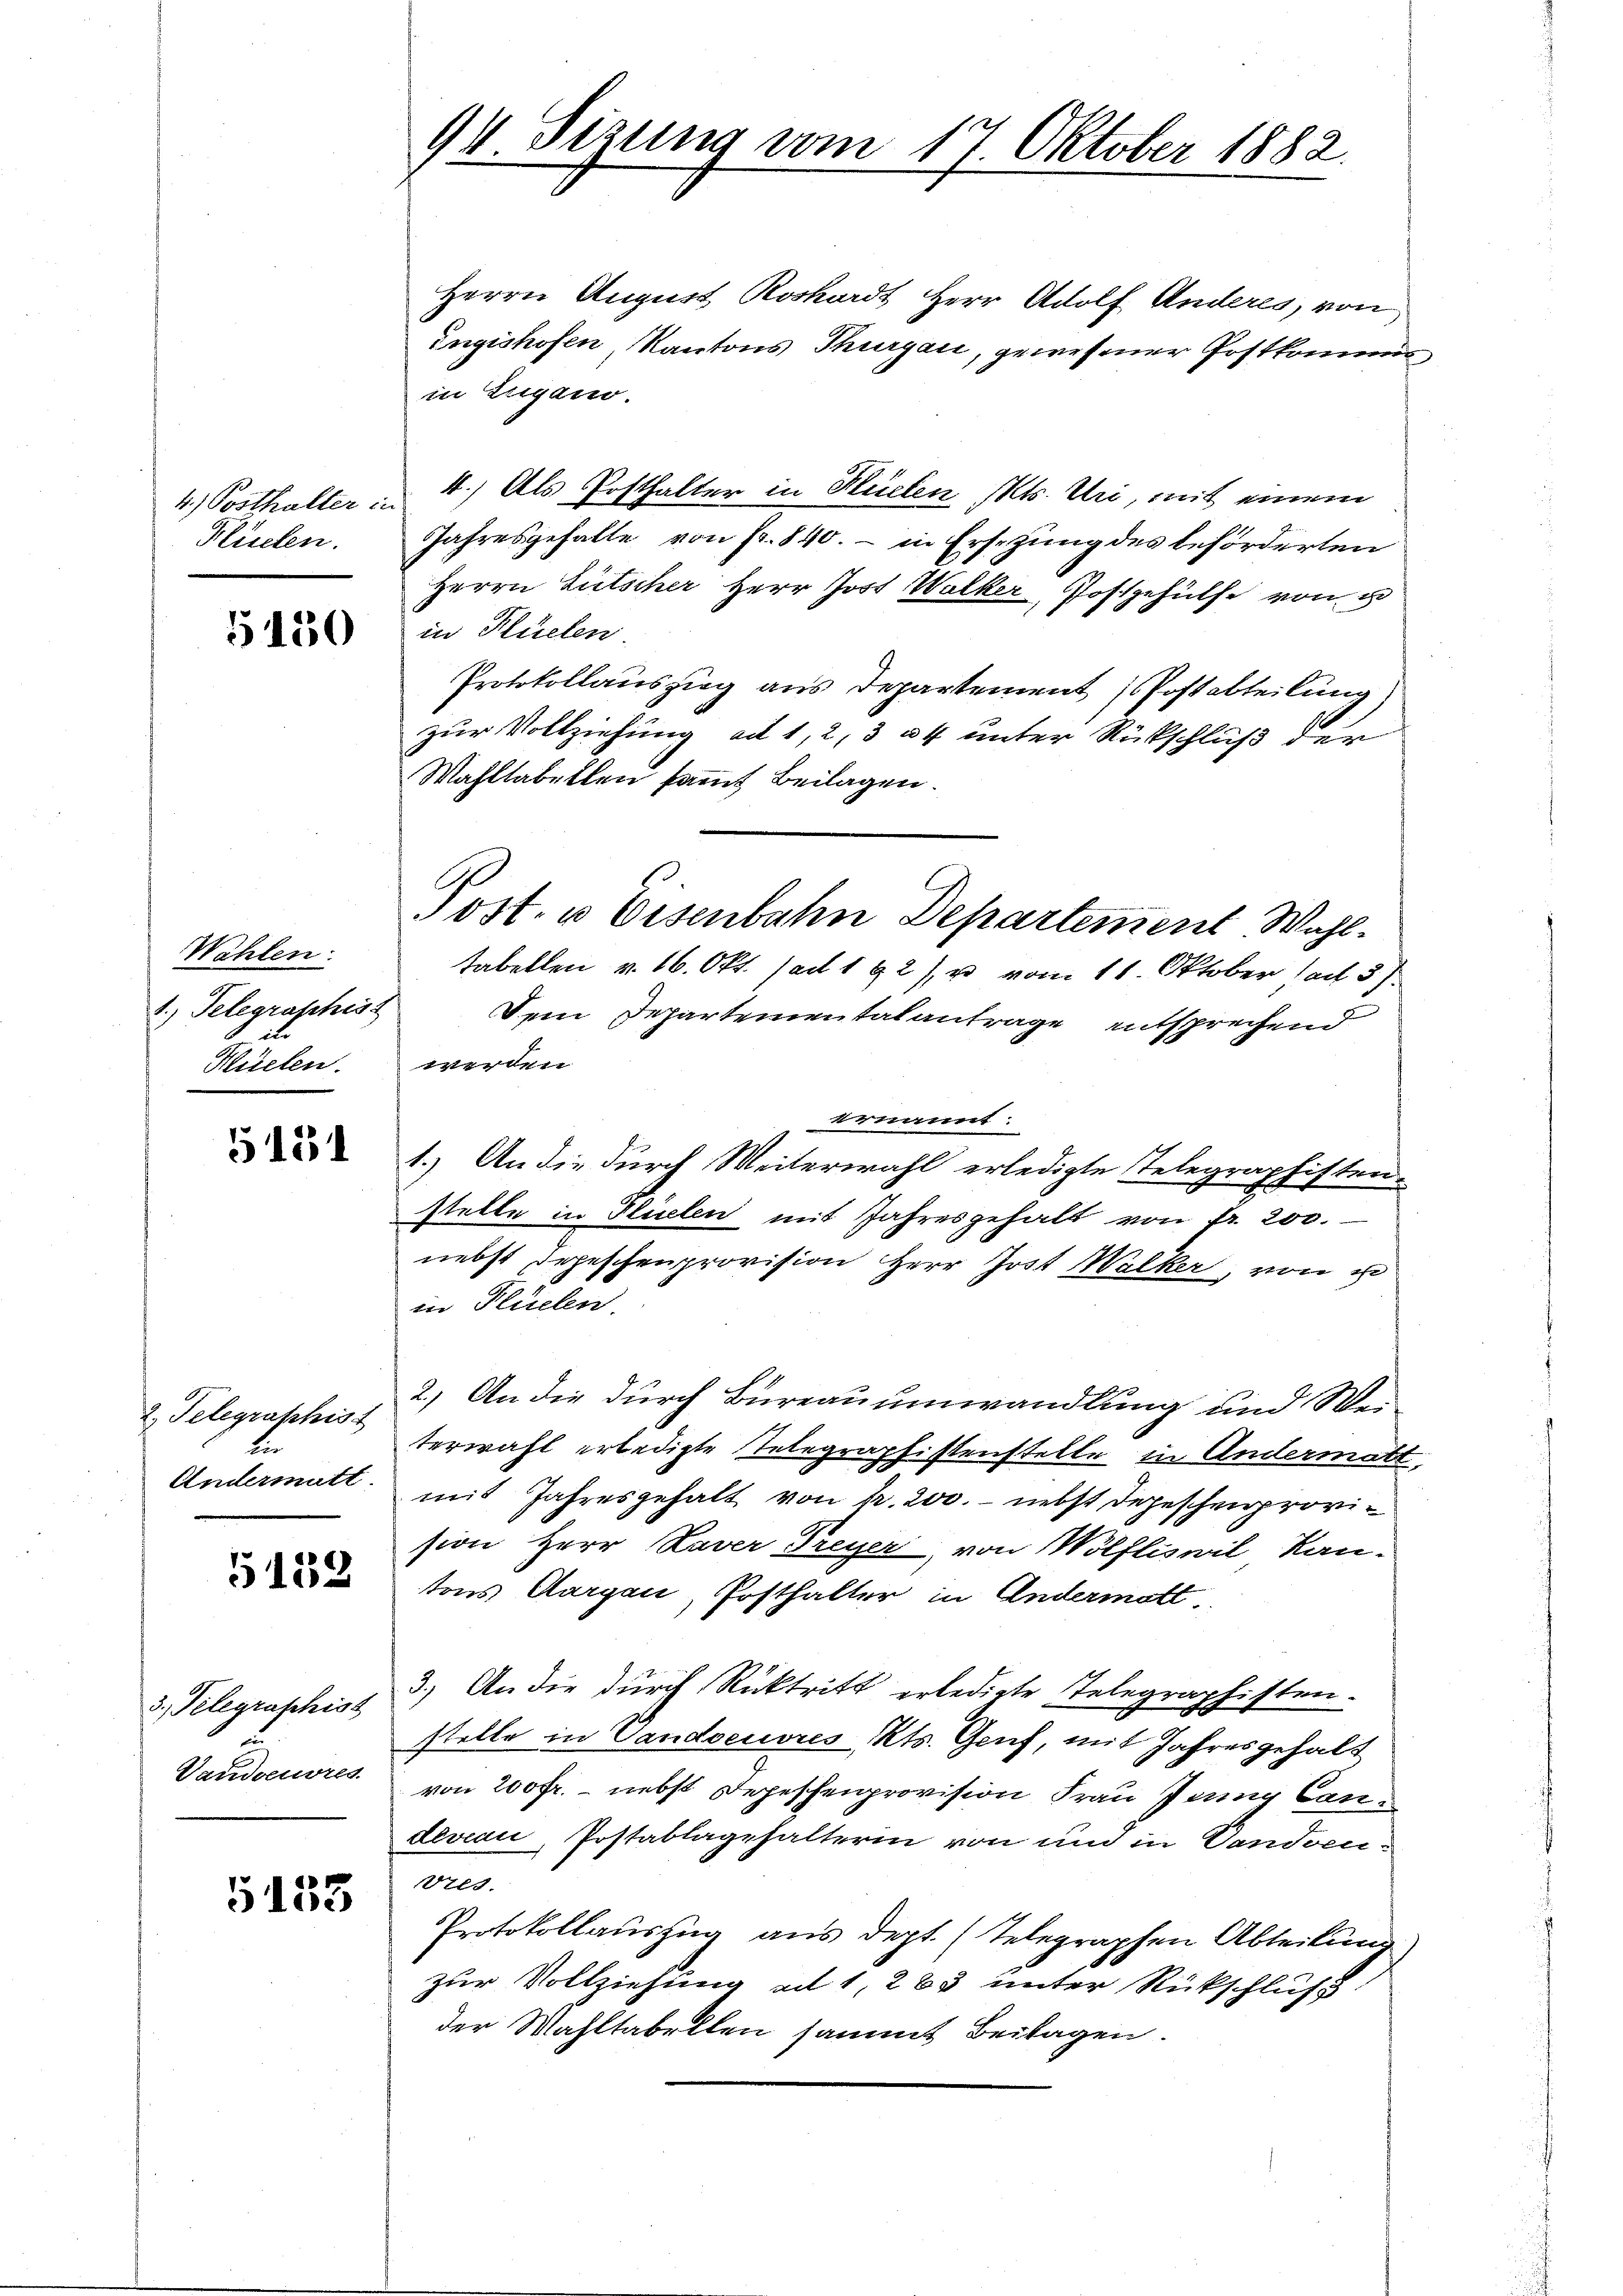
4) Posthalter i
Flüchen.

5150

Wahlen.
Klüelen.

5131

2. Telegraphist
Andermatt.

5132

3. Telegraphist
uun
Vandoeuvres

5153

94 Sizung vom 17. Oktober 1882.

Herrn August Roshardt Herr Adolf Anderes, von
Engishofen Kantons Thurgau, gewesener Postkommens
in Eugano.
4.) Als Posthalter in Hüelen Mts. Uri, mit einem
Jahresgehalte von fr. 840.- in Ersezung des beförderten
Herrn Lütscher Herr Jost Walker, Postgehülfe von u
in Flüelen.
Protokollauszug aus Departement Postabteilung)
zur Vollziehung ad 1, 2, 334 unter Rückschluß der
Wahltabellen sammt Beilagen.
tabellen v. 16. Okt. (ad 192) u vom 11. Oktober (ad 3)
1. Telegrasches Dein Departementalantrage entsprechend
werden.
ernannt:
1.) An die durch Weiterwahl erledigte Telegraphisten-
stelle in Pliselen mit Jahresgehalt von fr. 200.
nebst Depeschenprovision Herr Jost Walker, von u
in Flüelen.
2.) An die durch Bureauumwandlung und Weiterwahl erledigte Telegraphistenstelle in Andermatt,
mit Jahresgehalt von Nr. 200. - nebst Depeschenprovision Herr Laver Freyer, von Wölfliswil Kan-
tons Aargau, Posthalter in Andermatt.
3.) An die durch Rücktritt erledigte Telegraphistenstelle in Vandoeuvres Kts. Genf, mit Jahresgehalt
von 200 fr. - nebst Depeschenprovision Frau Jung Candeveau, Postablagehalterin von und in Vandocu¬
Vtes.
Protokollauszug aus dept. (Telegraphen Abteilung
zur Vollziehung ad 1, 263 unter Rückschluß
der Wahltabellen sammt Beilagen.

Post- u Eisenbahn Departement Wahl¬